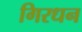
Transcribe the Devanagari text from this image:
गिरधन